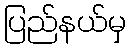
ပြည်နယ်မှ